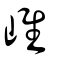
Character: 𡹐